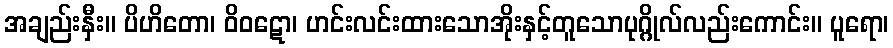
အချည်းနှီး။ ပိဟိတော၊ ဝိဝဋော၊ ဟင်းလင်းထားသောအိုးနှင့်တူသောပုဂ္ဂိုလ်လည်းကောင်း။ ပူရော၊